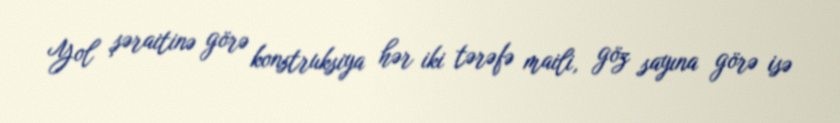
Yol şəraitinə görə konstruksiya hər iki tərəfə maili, göz sayına görə isə